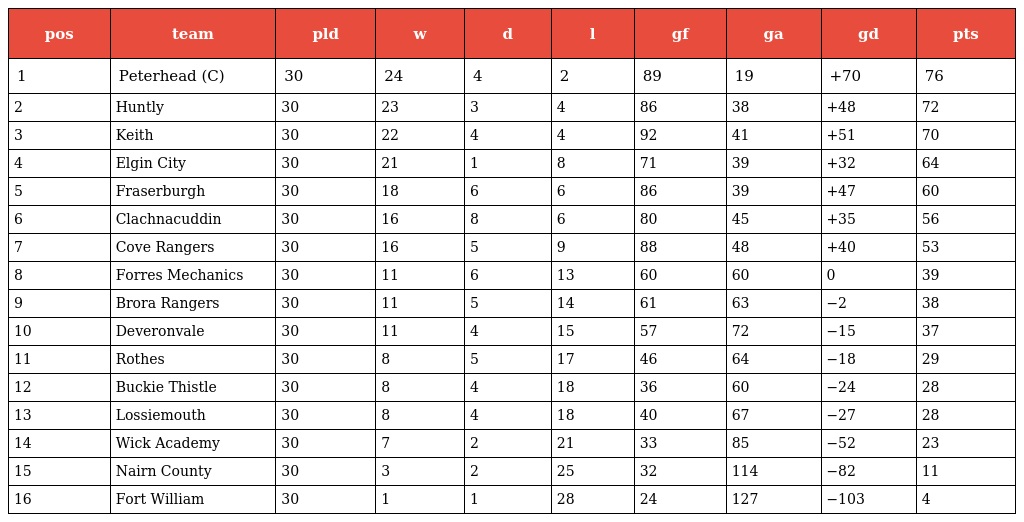
| pos | team | pld | w | d | l | gf | ga | gd | pts |
 | --- | --- | --- | --- | --- | --- | --- | --- | --- | --- |
 | 1 | Peterhead (C) | 30 | 24 | 4 | 2 | 89 | 19 | +70 | 76 |
 | 2 | Huntly | 30 | 23 | 3 | 4 | 86 | 38 | +48 | 72 |
 | 3 | Keith | 30 | 22 | 4 | 4 | 92 | 41 | +51 | 70 |
 | 4 | Elgin City | 30 | 21 | 1 | 8 | 71 | 39 | +32 | 64 |
 | 5 | Fraserburgh | 30 | 18 | 6 | 6 | 86 | 39 | +47 | 60 |
 | 6 | Clachnacuddin | 30 | 16 | 8 | 6 | 80 | 45 | +35 | 56 |
 | 7 | Cove Rangers | 30 | 16 | 5 | 9 | 88 | 48 | +40 | 53 |
 | 8 | Forres Mechanics | 30 | 11 | 6 | 13 | 60 | 60 | 0 | 39 |
 | 9 | Brora Rangers | 30 | 11 | 5 | 14 | 61 | 63 | −2 | 38 |
 | 10 | Deveronvale | 30 | 11 | 4 | 15 | 57 | 72 | −15 | 37 |
 | 11 | Rothes | 30 | 8 | 5 | 17 | 46 | 64 | −18 | 29 |
 | 12 | Buckie Thistle | 30 | 8 | 4 | 18 | 36 | 60 | −24 | 28 |
 | 13 | Lossiemouth | 30 | 8 | 4 | 18 | 40 | 67 | −27 | 28 |
 | 14 | Wick Academy | 30 | 7 | 2 | 21 | 33 | 85 | −52 | 23 |
 | 15 | Nairn County | 30 | 3 | 2 | 25 | 32 | 114 | −82 | 11 |
 | 16 | Fort William | 30 | 1 | 1 | 28 | 24 | 127 | −103 | 4 |